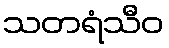
သတရံသီဝ